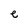
Character: e